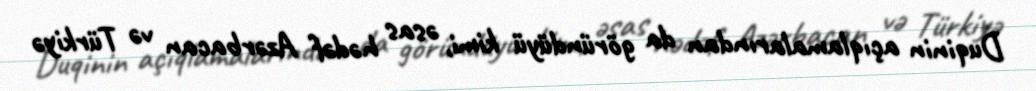
Duqinin açıqlamalarından da göründüyü kimi, əsas hədəf Azərbacan və Türkiyə